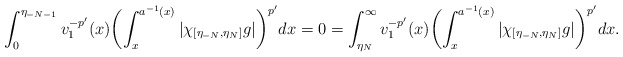
\begin{align*}\int_0^{\eta_{-N-1}}v_1^{-p'}(x)\biggl(\int_x^{a^{-1}(x)}|\chi_{[\eta_{-N},\eta_N]}g|\biggr)^{p'}dx=0=\int_{\eta_{N}}^\infty v_1^{-p'}(x)\biggl(\int_x^{a^{-1}(x)}|\chi_{[\eta_{-N},\eta_N]}g|\biggr)^{p'}dx.\end{align*}